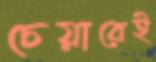
চেয়ারেই